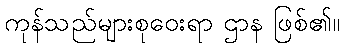
ကုန်သည်များစုဝေးရာ ဌာန ဖြစ်၏။